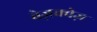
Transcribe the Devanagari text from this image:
वेज़क्वेज़